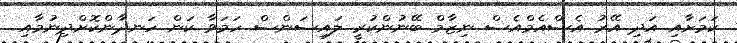
ކަމަށާއި އަދި އޭރު އެސްއެމްއެސް ނިޒާމް ބޭނުންކުރީ ލައިސަންސް ހަމަވާ ކަން ހަނދާންކޮށްދިނުމާއި